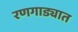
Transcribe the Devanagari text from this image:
रणगाड्यात